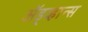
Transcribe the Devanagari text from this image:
ॲड्व्हान्स